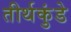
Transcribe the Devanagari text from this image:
तीर्थकुंडे